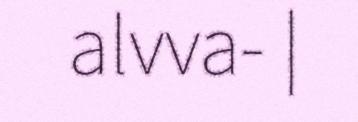
alvva- |